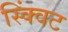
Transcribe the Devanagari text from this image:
स्क्विंट